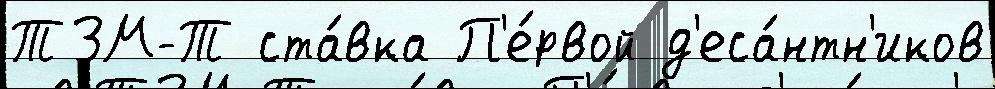
ТЗМ-Т ста́вка П'е́рвой д'еса́нтн'иков